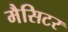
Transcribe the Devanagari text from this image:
मैसिटर